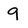
Character: 9